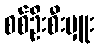
စစ်ဦးစီးမှူး